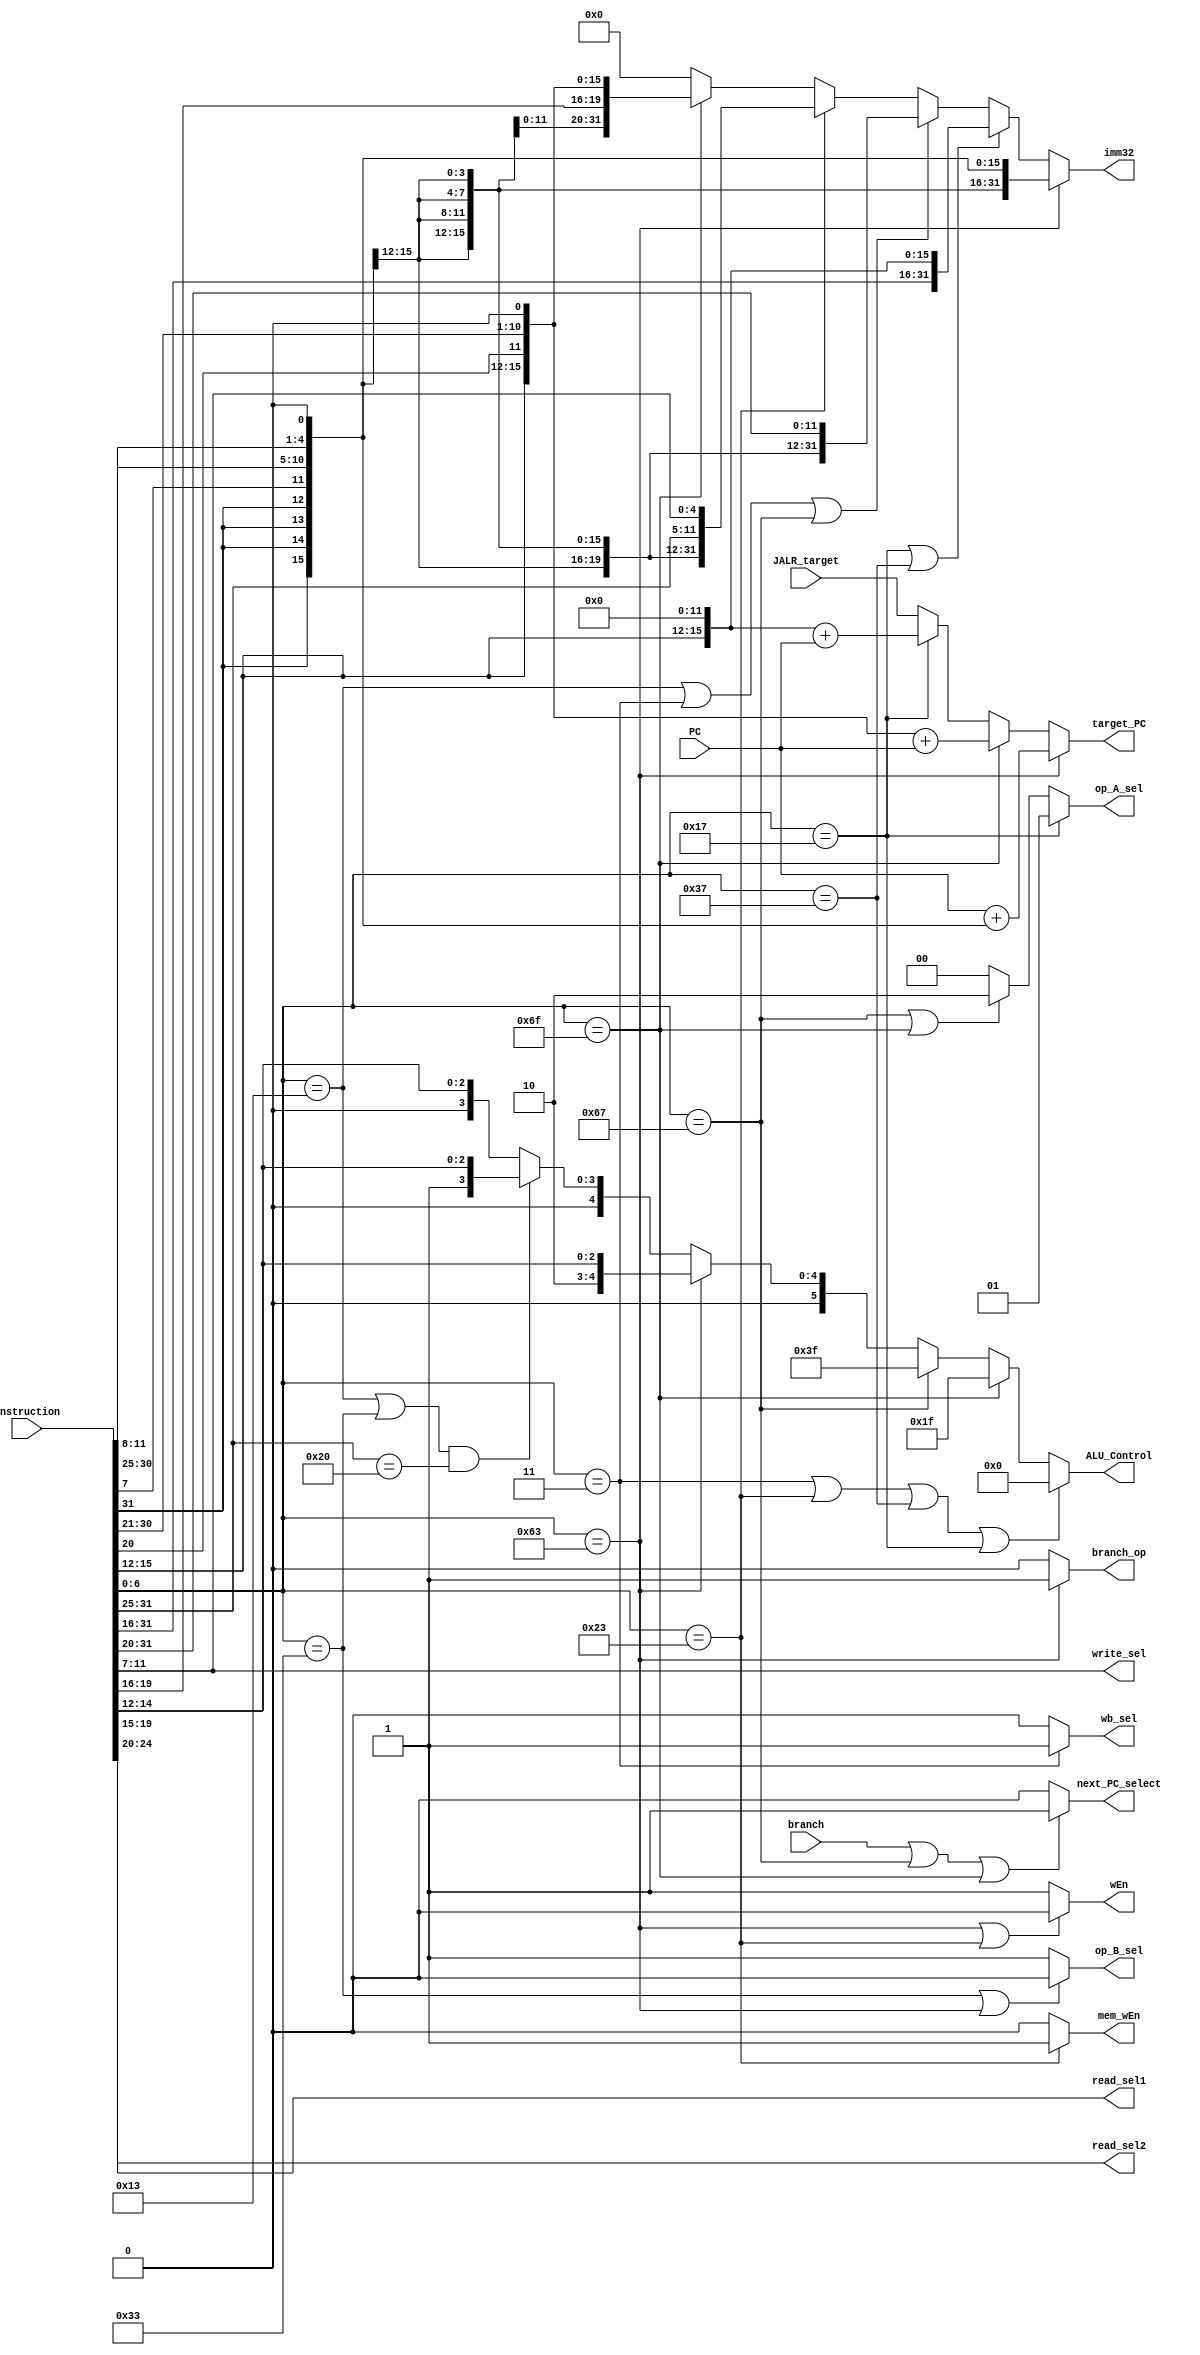
// Name: Nathan Ackermann, Zhe Deng
// BU ID: U10490015, U16716991
// EC413 Project: Decode Module

module decode #(
  parameter ADDRESS_BITS = 16
) (
  // Inputs from Fetch
  input [ADDRESS_BITS-1:0] PC,
  input [31:0] instruction,

  // Inputs from Execute/ALU
  input [ADDRESS_BITS-1:0] JALR_target,
  input branch,

  // Outputs to Fetch
  output next_PC_select,
  output [ADDRESS_BITS-1:0] target_PC,

  // Outputs to Reg File
  output [4:0] read_sel1,
  output [4:0] read_sel2,
  output [4:0] write_sel,
  output wEn,

  // Outputs to Execute/ALU
  output branch_op, // Tells ALU if this is a branch instruction
  output [31:0] imm32,
  output [1:0] op_A_sel,
  output op_B_sel,
  output [5:0] ALU_Control,

  // Outputs to Memory
  output mem_wEn,

  // Outputs to Writeback
  output wb_sel

);

localparam [6:0]R_TYPE  = 7'b0110011,
                I_TYPE  = 7'b0010011,
                STORE   = 7'b0100011,
                LOAD    = 7'b0000011,
                BRANCH  = 7'b1100011,
                JALR    = 7'b1100111,
                JAL     = 7'b1101111,
                AUIPC   = 7'b0010111,
                LUI     = 7'b0110111;


// These are internal wires that I used. You can use them but you do not have to.
// Wires you do not use can be deleted.
wire[6:0]  s_imm_msb = instruction[31:25];
wire[4:0]  s_imm_lsb = instruction[11:7];
wire[19:0] u_imm = instruction[31:12];
wire[11:0] i_imm_orig = instruction [31:20];
wire[19:0] uj_imm = {{instruction[31]},  {instruction[19:12]}, {instruction[20]}, {instruction[30:21]}};
wire[11:0] s_imm_orig = {s_imm_msb,s_imm_lsb};
wire[12:0] sb_imm_orig = {instruction[31], instruction[7], instruction[30:25], instruction[11:8],1'b0};

wire[31:0] sb_imm_32 = {{19 {sb_imm_orig[12]}}, sb_imm_orig};
wire[31:0] u_imm_32 = {u_imm,{12'd0}};
wire[31:0] i_imm_32 = {{20{i_imm_orig[11]}},i_imm_orig};
wire[31:0] s_imm_32 = {{ 20{s_imm_orig[11]} }   ,s_imm_orig};
wire[31:0] uj_imm_32 = {{11{uj_imm[19]}},{uj_imm[19:0]},{1'd0}};

wire [6:0] opcode;
wire [6:0] funct7;
wire [2:0] funct3;
wire [1:0] extend_sel;
wire [ADDRESS_BITS-1:0] branch_target = PC + sb_imm_32[15:0];
wire [ADDRESS_BITS-1:0] JAL_target = uj_imm_32 + PC;
wire [ADDRESS_BITS-1:0] AUIPC_target = u_imm_32[15:0] + PC;

// Read registers
assign read_sel2  = instruction[24:20];
assign read_sel1  = instruction[19:15];

/* Instruction decoding */
assign opcode = instruction[6:0];
assign funct7 = instruction[31:25];
assign funct3 = instruction[14:12];

/* Write register */
assign write_sel = instruction[11:7];


/******************************************************************************
*                      Start Your Code Here
******************************************************************************/

assign next_PC_select = (branch==1 || opcode==JALR || opcode==JAL)?1:0;
assign target_PC = (opcode == BRANCH)?branch_target:
						 (opcode == JAL)?JAL_target:
						 (opcode == AUIPC)?AUIPC_target:
						 JALR_target;
assign wEn=(opcode==BRANCH ||opcode == STORE)?0:1;
assign branch_op = (opcode==BRANCH)?1:0;
assign imm32 = (opcode==BRANCH)?sb_imm_32:
					(opcode==AUIPC || opcode==LUI)?u_imm_32:
					(opcode==I_TYPE || opcode==LOAD||opcode==JALR)?i_imm_32:
					(opcode==STORE)?s_imm_32:
					(opcode==JAL)?uj_imm_32:
					32'd0;
assign op_A_sel = (opcode == AUIPC) ? 2'd1 : // selects PC
						(opcode == JALR || opcode == JAL) ? 2'd2: // selects PC +4
						2'd0; // selects rd1
assign op_B_sel = (opcode == R_TYPE || opcode == BRANCH) ? 0 : 1; // 0 selects rd2 1 selects imm32
assign ALU_Control = (opcode == LOAD || opcode == STORE || opcode == LUI || opcode == AUIPC) ? 6'd0 :
							(opcode == JAL) ? 6'b011111:
							(opcode == JALR) ? 6'b111111:
							(opcode == BRANCH) ? {3'b010, funct3}: 
							((opcode == I_TYPE || opcode == R_TYPE) && funct7 == 7'b0100000) ? {3'b001, funct3}:
							{3'b000, funct3};
assign wb_sel = (opcode == LOAD)? 1 : 0; // active 1 when wb memory
assign mem_wEn = (opcode == STORE)? 1 : 0; // active 1 when storing into memory module

endmodule